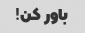
باور کن!